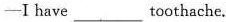
——I have___toothache.